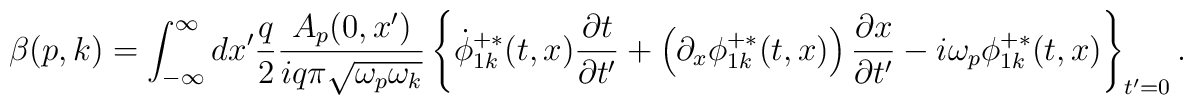
\beta (p,k) = \int_{-\infty}^{\infty}dx'\frac{q}{2}\frac{A_{p}(0,x')}{iq\pi\sqrt{\omega_p\omega_k}}\left\{\dot{\phi}_{1k}^{+ \ast}(t,x){\partial t\over\partial t'} + \left(\partial_x\phi_{1k}^{+ \ast}(t,x)\right){\partial x\over\partial t'}-i\omega_p \phi_{1k}^{+ \ast }(t,x) \right\}_{t'=0}.